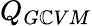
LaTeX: Q_{G\mathbb{C}VM}